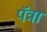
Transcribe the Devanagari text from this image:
पॅत्रा